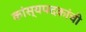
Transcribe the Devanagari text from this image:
कांस्यपदकांची